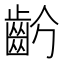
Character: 𪗣